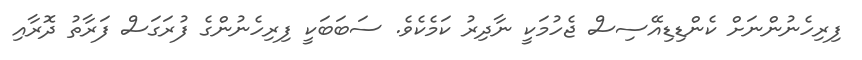
ފިރިހެނުންނަށް ކެންޑިޑިއޭސިސް ޖެހުމަކީ ނާދިރު ކަމެކެވެ. ސަބަބަކީ ފިރިހެނުންގެ ފުރަގަސް ފަރާތު ދޮރާއި